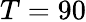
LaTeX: T=90